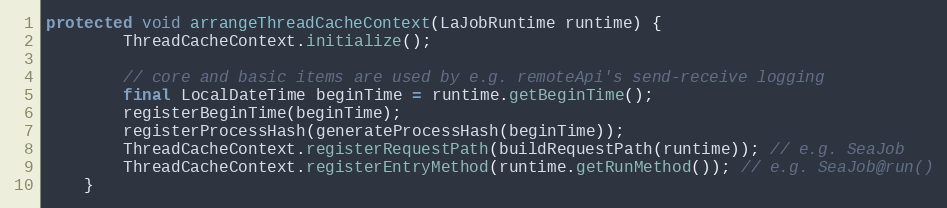
Language: Java
protected void arrangeThreadCacheContext(LaJobRuntime runtime) {
        ThreadCacheContext.initialize();

        // core and basic items are used by e.g. remoteApi's send-receive logging
        final LocalDateTime beginTime = runtime.getBeginTime();
        registerBeginTime(beginTime);
        registerProcessHash(generateProcessHash(beginTime));
        ThreadCacheContext.registerRequestPath(buildRequestPath(runtime)); // e.g. SeaJob
        ThreadCacheContext.registerEntryMethod(runtime.getRunMethod()); // e.g. SeaJob@run()
    }